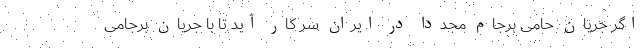
اگر جریان حامی برجام مجدداً در ایران سر کار آید تا با جریان برجامی